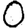
Digit: 0